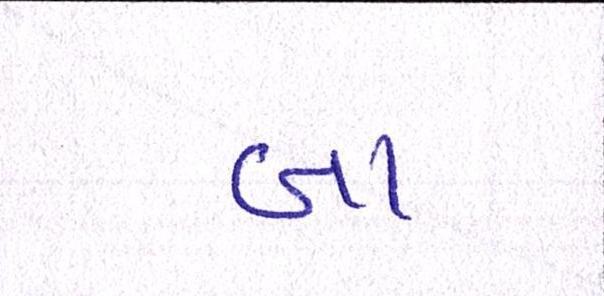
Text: બા